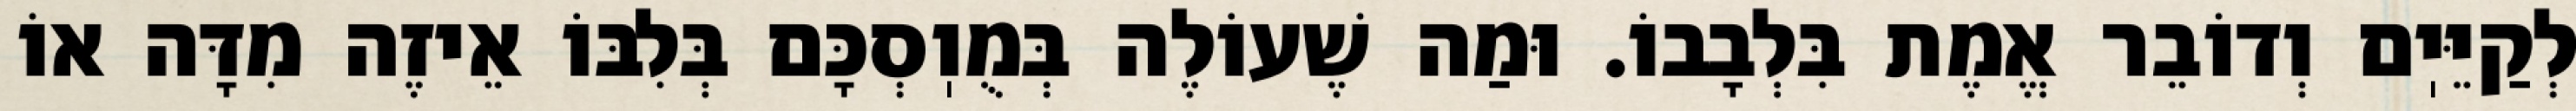
לְקַיֵּיֽם וְדוֹבֵר אֱמֶת בִּלְבָבוֹ. וּמַה שֶׁעוֹלֶה בְּמֻוֽסְכָּם בְּלִבּוֹ אֵיזֶה מִדָּה אוֹ